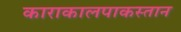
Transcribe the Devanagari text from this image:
काराकालपाकस्तान